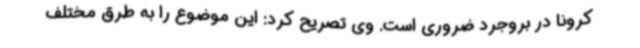
کرونا در بروجرد ضروری است. وی تصریح کرد: این موضوع را به طرق مختلف